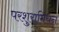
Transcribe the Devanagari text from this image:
परशुरामियन